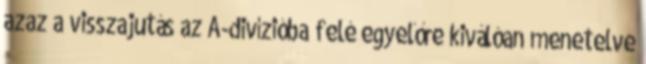
azaz a visszajutás az A-divízióba felé egyelőre kiválóan menetelve